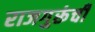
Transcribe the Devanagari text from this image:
राजगुरूंची